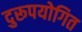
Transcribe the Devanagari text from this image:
दुरूपयोगित